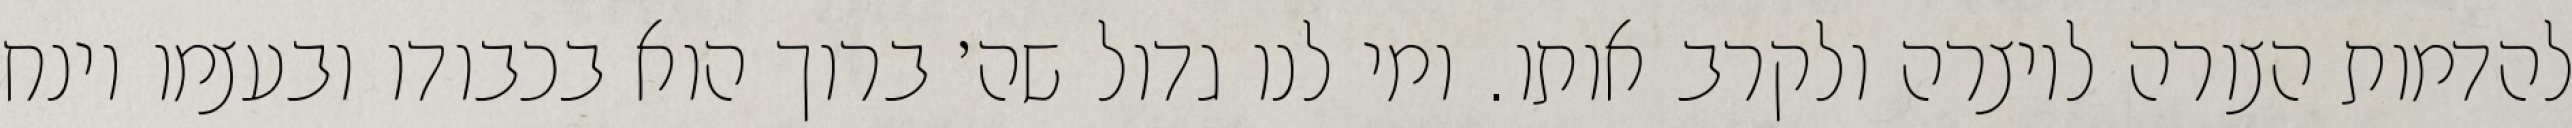
להדמות הצורה ליוצרה ולקרב אותו. ומי לנו גדול שה׳ ברוך הוא בכבודו ובעצמו וינח